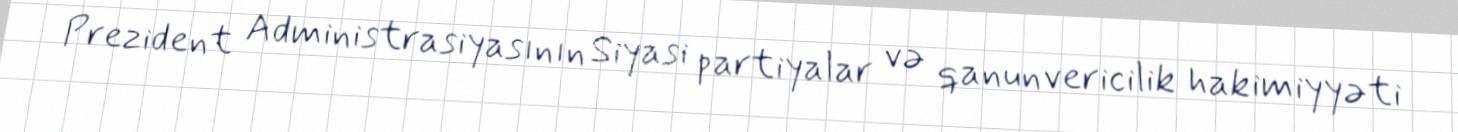
Prezident Administrasiyasının Siyasi partiyalar və qanunvericilik hakimiyyəti